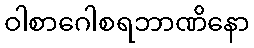
ဝါစာဂေါစရဘာဏိနော